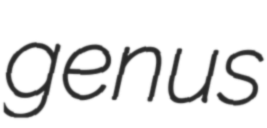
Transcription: genus